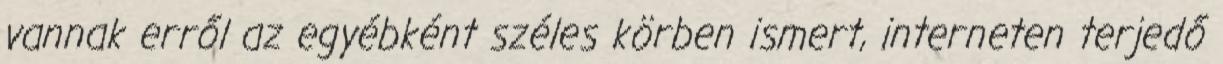
vannak erről az egyébként széles körben ismert, interneten terjedő